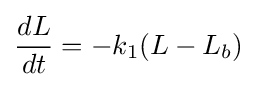
{\frac {dL}{dt}}=-k_{1}(L-L_{b})